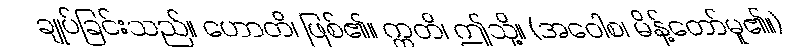
ချုပ်ခြင်းသည်။ ဟောတိ၊ ဖြစ်၏။ ဣတိ၊ ဤသို့။ (အဝေါစ၊ မိန့်တော်မူ၏။)